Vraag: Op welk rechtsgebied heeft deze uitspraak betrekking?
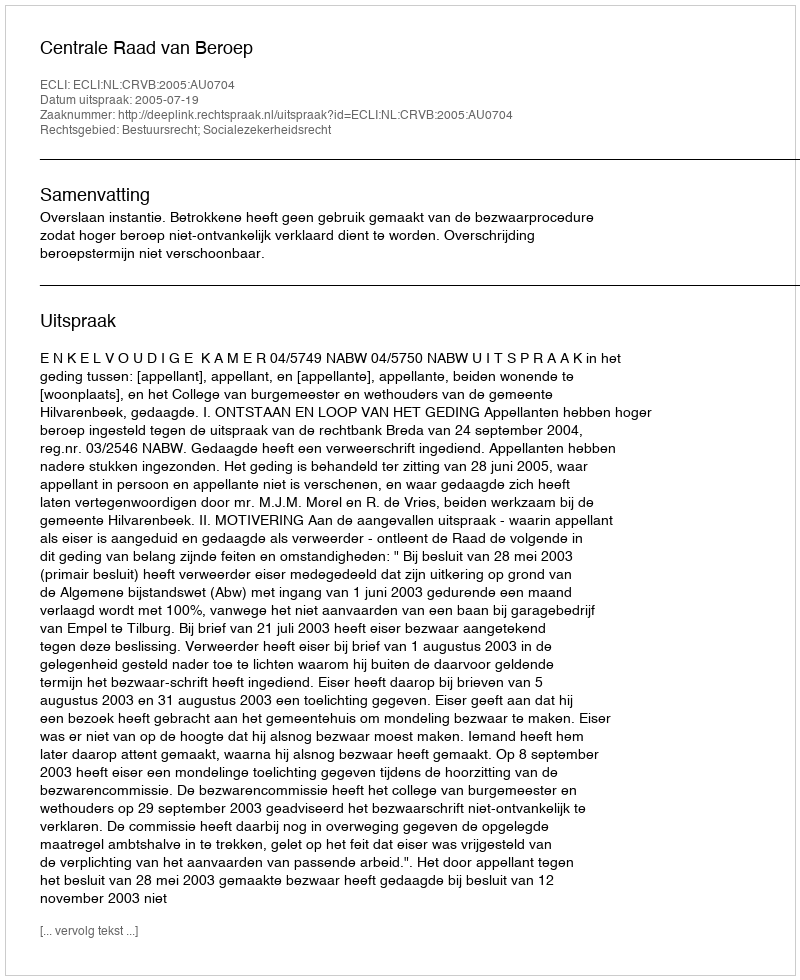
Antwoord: Bestuursrecht; Socialezekerheidsrecht